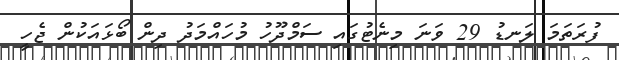
ފުރަތަމަ ލަނޑު 29 ވަނަ މިނެޓުގައި ސަމްދޫހު މުހައްމަދު ދިން ބޯޅައަކުން ޖެހީ